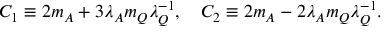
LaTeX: \displaystyle C _ { 1 } \equiv 2 m _ { A } + 3 \lambda _ { A } m _ { Q } \lambda _ { Q } ^ { - 1 } , \quad \displaystyle C _ { 2 } \equiv 2 m _ { A } - 2 \lambda _ { A } m _ { Q } \lambda _ { Q } ^ { - 1 } .